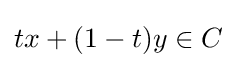
tx+(1-t)y\in C